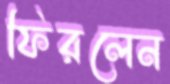
ফিরলেন